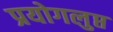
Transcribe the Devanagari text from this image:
प्रयोगलुप्त